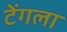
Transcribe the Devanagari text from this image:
टेंगला